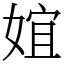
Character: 𡝮